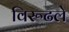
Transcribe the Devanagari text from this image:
विरूढले